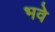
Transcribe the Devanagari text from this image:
भवे